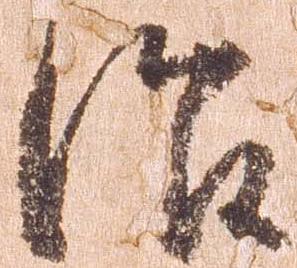
治